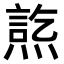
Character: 𤍋